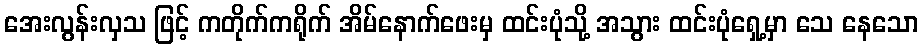
အေးလွန်းလှသ ဖြင့် ကတိုက်ကရိုက် အိမ်နောက်ဖေးမှ ထင်းပုံသို့ အသွား ထင်းပုံရှေ့မှာ သေ နေသော